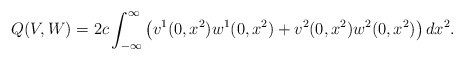
\begin{align*} Q(V, W) = 2c \int_{- \infty}^\infty \left( v^1(0, x^2) w^1(0, x^2) + v^2(0, x^2) w^2(0, x^2) \right) dx^2.\end{align*}